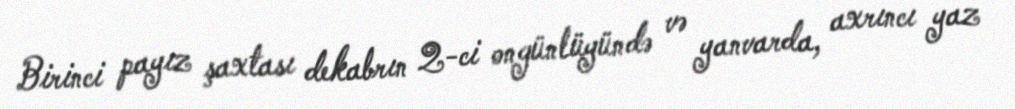
Birinci payız şaxtası dekabrın 2-ci ongünlüyündə və yanvarda, axrıncı yaz